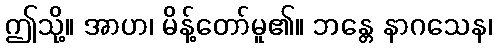
ဤသို့။ အာဟ၊ မိန့်တော်မူ၏။ ဘန္တေ နာဂသေန၊